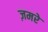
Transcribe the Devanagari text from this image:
ज़मरे